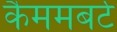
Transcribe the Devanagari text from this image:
कैममबर्ट